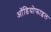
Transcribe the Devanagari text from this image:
ऑडियोफाइल